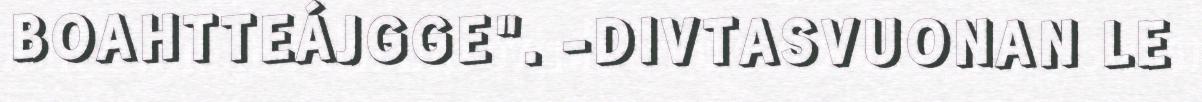
BOAHTTEÁJGGE". -DIVTASVUONAN LE